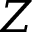
Z